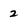
Character: 2